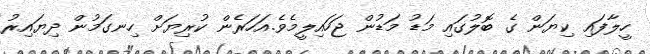
ހީލާފައި ކިޔަން ގެ ބޮލުގައި މަޑު މަޑުން ޖަހައިލީމެވެ.އަހަރެން ކުރިޔަށް ހިނގަމުން ދިޔައިރު